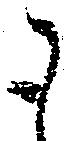
御